65_HS1-834228961_62-HQ-83894_Serial_164
Agency: FBI
Page 46
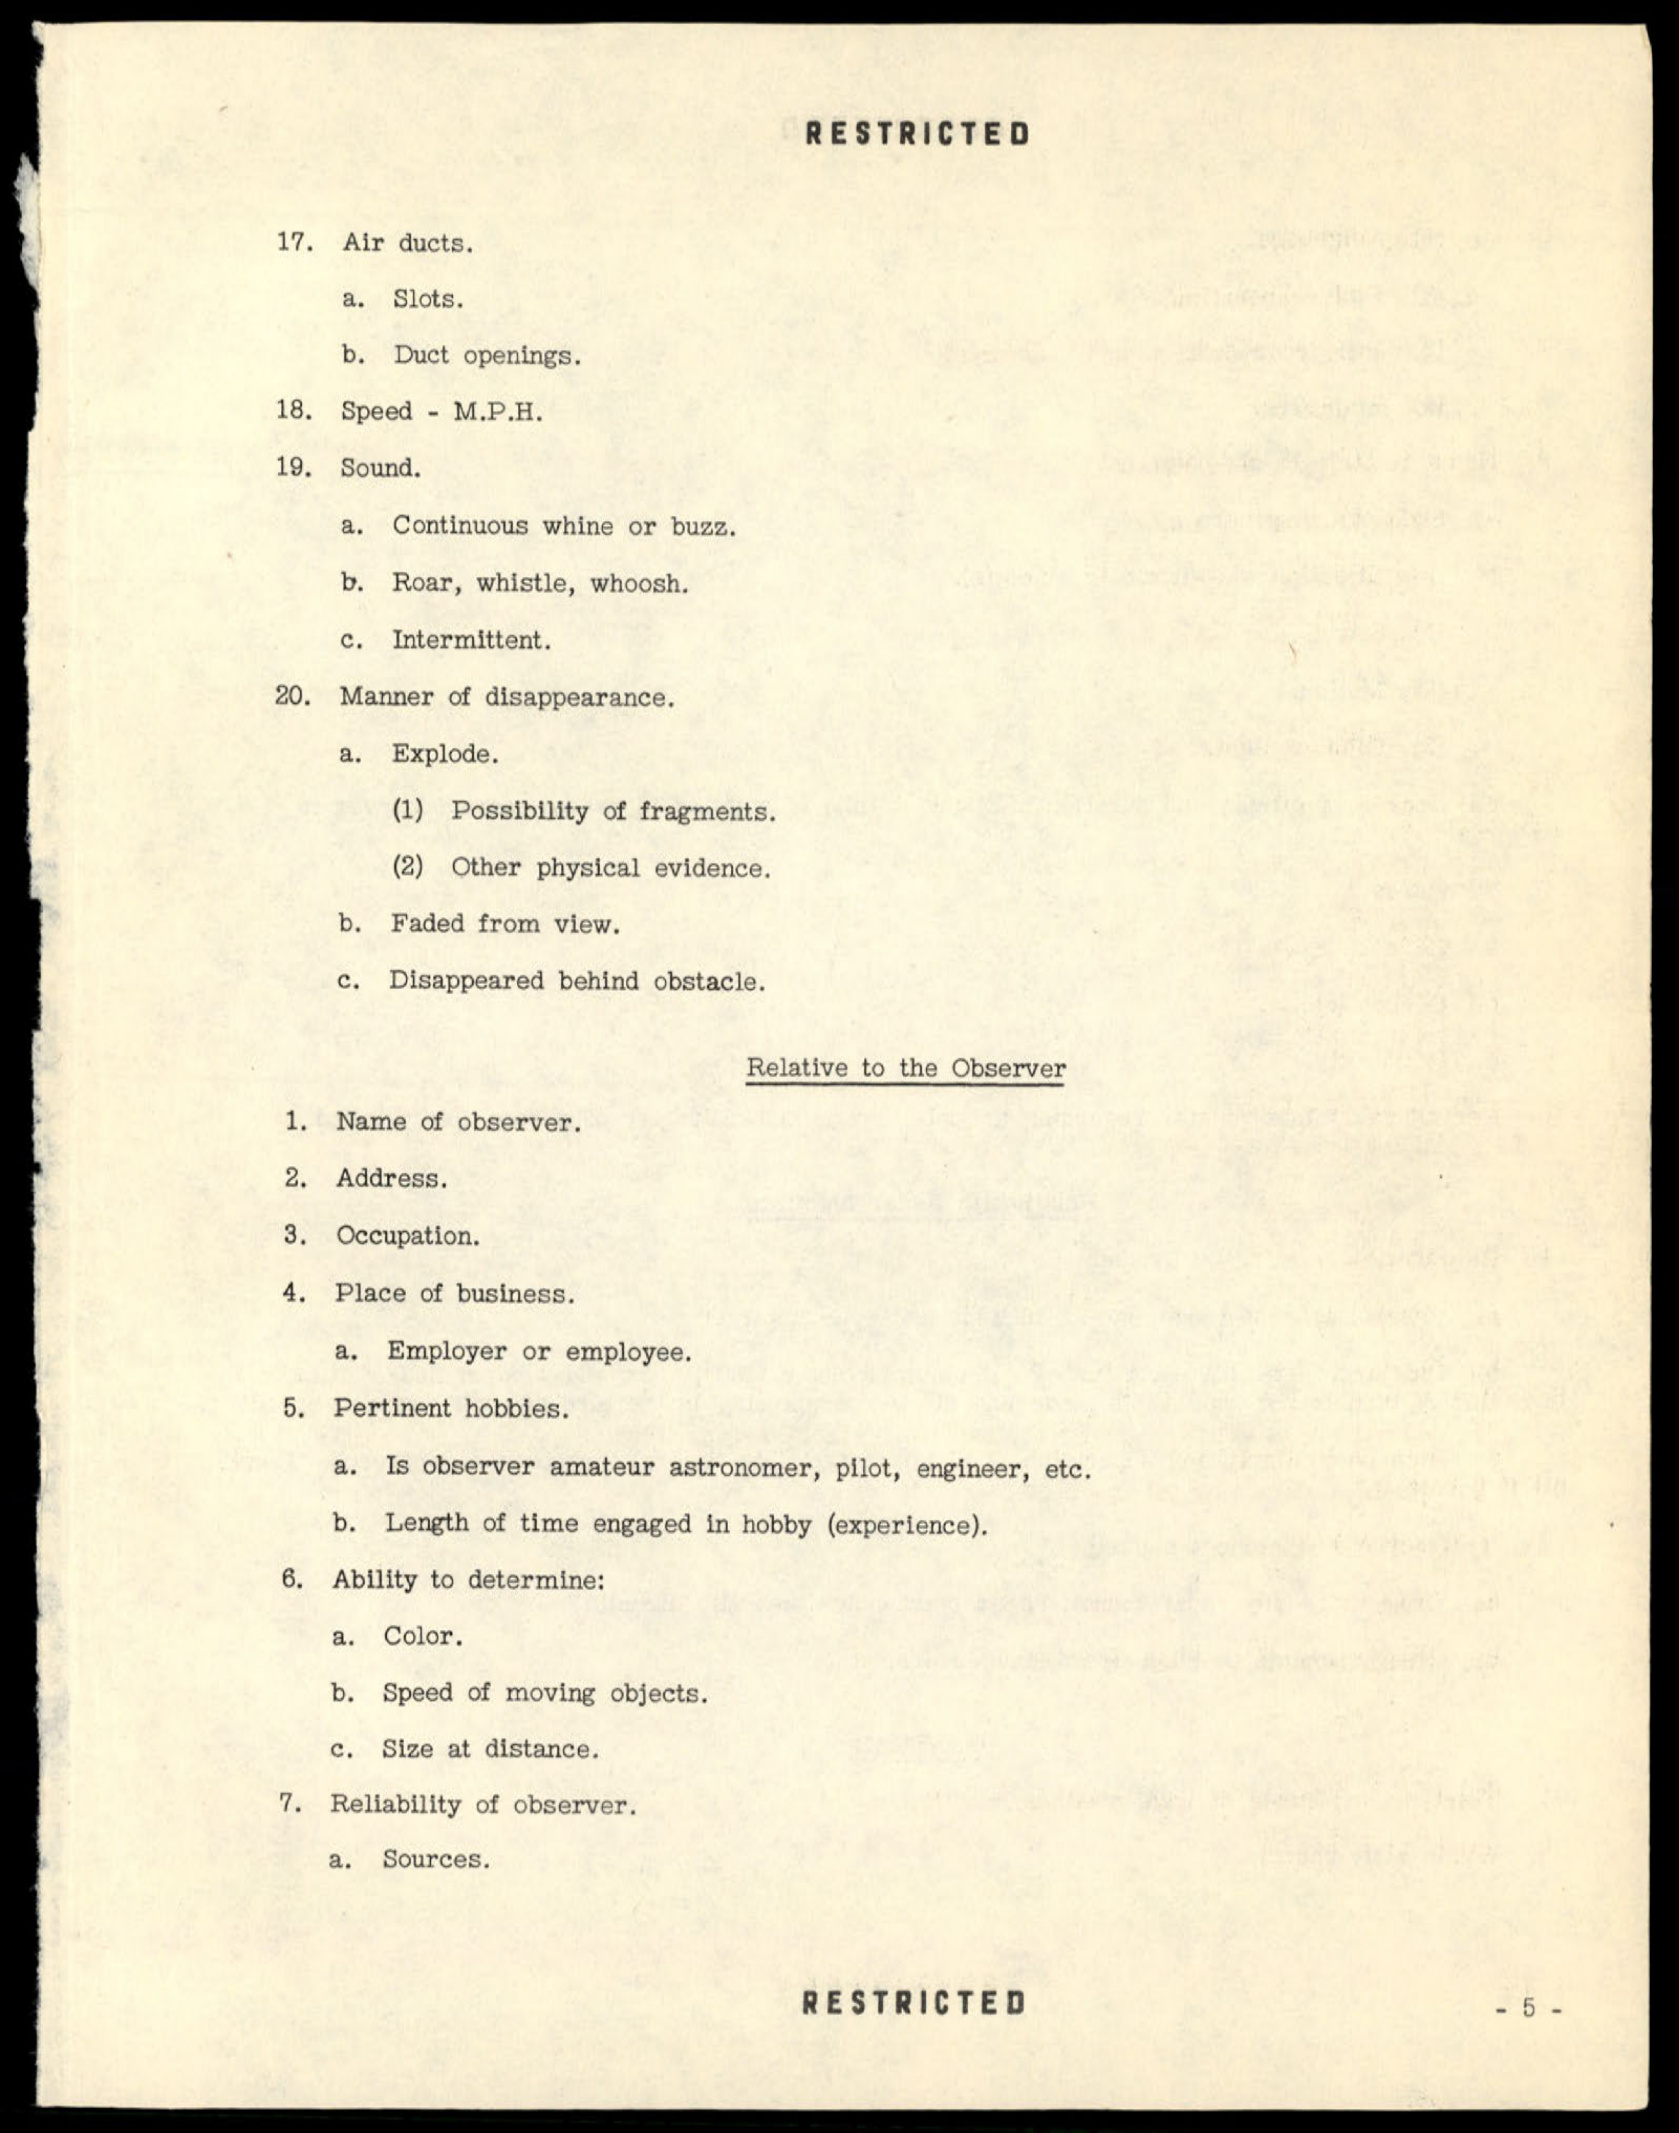